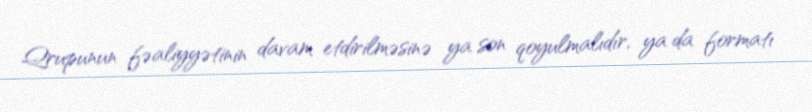
Qrupunun fəaliyyətinin davam etdirilməsinə ya son qoyulmalıdır, ya da formatı